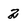
Character: 2